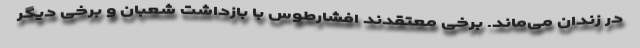
در زندان می‌ماند. برخی معتقدند افشارطوس با بازداشت شعبان و برخی دیگر